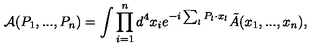
{ \cal A } ( P _ { 1 } , . . . , P _ { n } ) = \int \prod _ { i = 1 } ^ { n } d ^ { 4 } x _ { i } e ^ { - i \sum _ { l } P _ { l } \cdot x _ { l } } \tilde { A } ( x _ { 1 } , . . . , x _ { n } ) ,